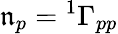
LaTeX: \mathfrak{n}_{p}={^{1}\Gamma}_{pp}